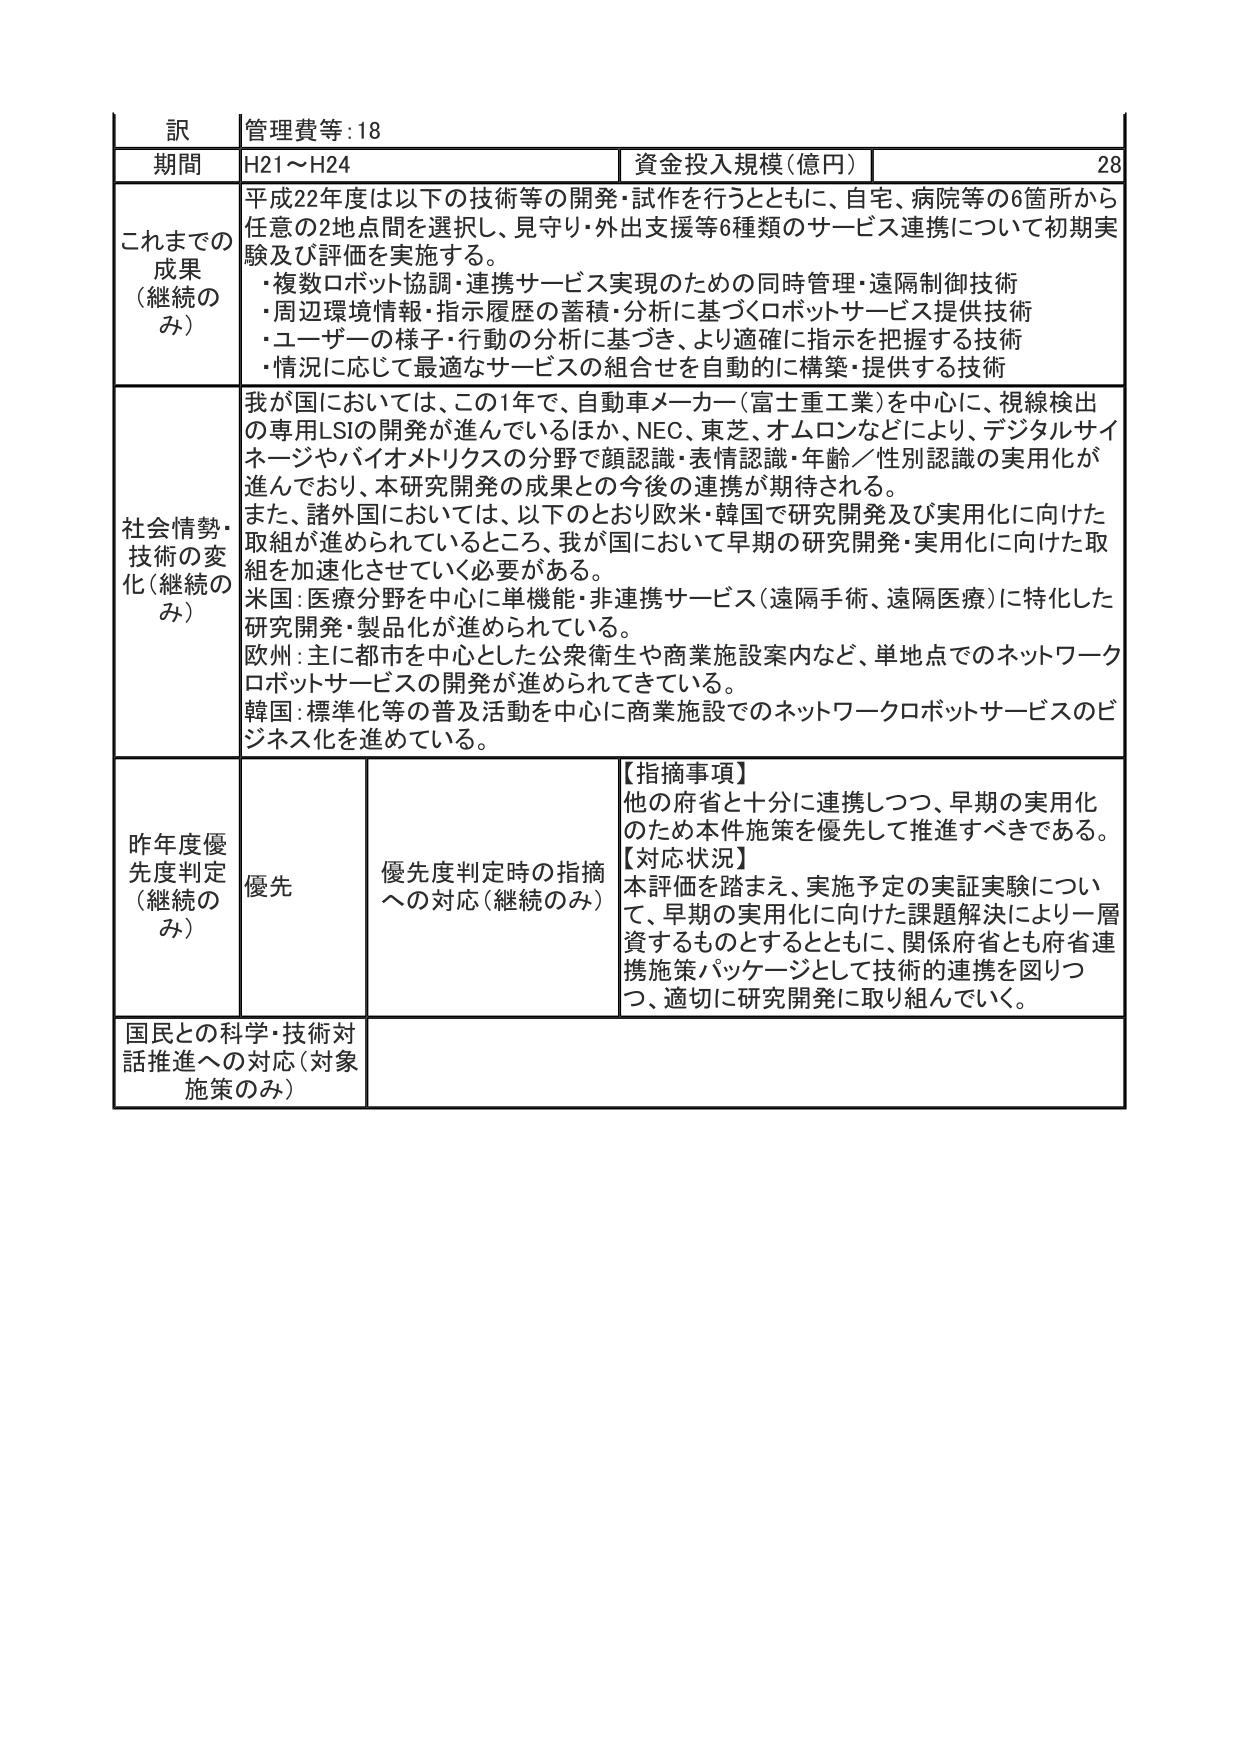
訳 管理費等:18
期間 H21～H24 資金投入規模(億円) 28
これまでの成果（継続のみ） 平成22年度は以下の技術等の開発・試作を行うとともに、自宅、病院等の6箇所から任意の2地点間を選択し、見守り・外出支援等6種類のサービス連携について初期実験及び評価を実施する。
・複数ロボット協調・連携サービス実現のための同時管理・遠隔制御技術
・周辺環境情報・指示履歴の蓄積・分析に基づくロボットサービス提供技術
・ユーザーの様子・行動の分析に基づき、より適確に指示を把握する技術
・情況に応じて最適なサービスの組合せを自動的に構築・提供する技術
社会情勢・技術の変化（継続のみ） 我が国においては、この1年で、自動車メーカー（富士重工業）を中心に、視線検出の専用LSIの開発が進んでいるほか、NEC、東芝、オムロンなどにより、デジタルサイネージやバイオメトリクスの分野で顔認識・表情認識・年齢／性別認識の実用化が進んでおり、本研究開発の成果との今後の連携が期待される。
また、諸外国においては、以下のとおり欧米・韓国で研究開発及び実用化に向けた取組が進められているところ、我が国において早期の研究開発・実用化に向けた取組を加速化させていく必要がある。
米国: 医療分野を中心に単機能・非連携サービス（遠隔手術、遠隔医療）に特化した研究開発・製品化が進められている。
欧州: 主に都市を中心とした公衆衛生や商業施設案内など、単地点でのネットワークロボットサービスの開発が進められてきている。
韓国: 標準化等の普及活動を中心に商業施設でのネットワークロボットサービスのビジネス化を進めている。
昨年度優先度判定（継続のみ） 優先 優先度判定時の指摘への対応（継続のみ） 【指摘事項】 他の府省と十分に連携しつつ、早期の実用化のため本件施策を優先して推進すべきである。 【対応状況】 本評価を踏まえ、実施予定の実証実験について、早期の実用化に向けた課題解決により一層資するものとするとともに、関係府省とも府省連携施策パッケージとして技術的連携を図りつつ、適切に研究開発に取り組んでいく。
国民との科学・技術対話推進への対応（対象施策のみ）